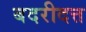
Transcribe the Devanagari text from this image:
बदरीदत्त